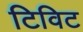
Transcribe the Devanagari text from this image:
टिविट